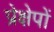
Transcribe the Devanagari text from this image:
प्रेक्षेपों